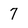
Character: 7